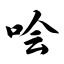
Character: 哙